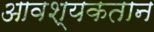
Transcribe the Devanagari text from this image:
आवश्यकतान